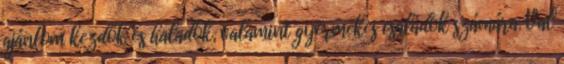
ajánlom kezdők és haladók, valamint gyermekes családok számára. Val